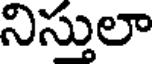
నిస్తులా